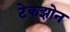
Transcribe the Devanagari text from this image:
टेकझोन